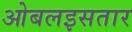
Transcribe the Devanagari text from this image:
ओबलइसतार